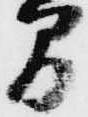
間